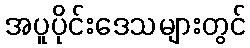
အပူပိုင်းဒေသများတွင်